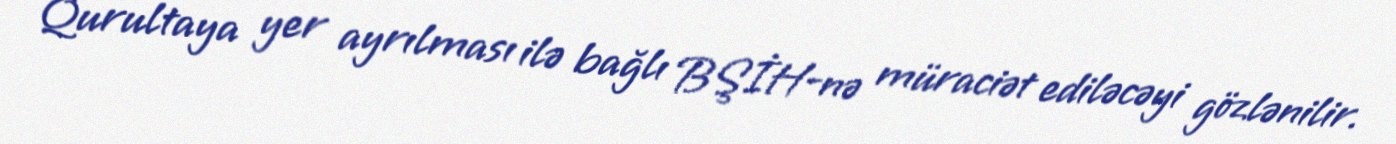
Qurultaya yer ayrılması ilə bağlı BŞİH-nə müraciət ediləcəyi gözlənilir.